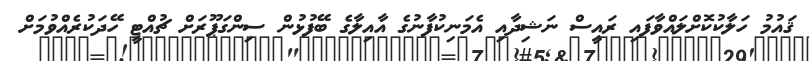
ޤައުމު ހަލާކުކޮށްލައްވާފައި ރައީސް ނަޝިދާއި އެމަނިކުފާނުގެ އާއިލާގެ ބޭފުޅުން ސިންގަޕޫރަށް ޗުއްޓީ ހޭދަކުރެއްވުމަށް